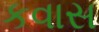
કવાસ